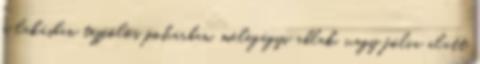
a lakásban tejfölös pohárban, melegágyi ablak, vagy fólia alatt